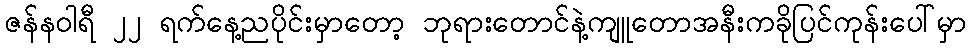
ဇန်နဝါရီ ၂၂ ရက်နေ့ညပိုင်းမှာတော့ ဘုရားတောင်နဲ့ကျူတောအနီးကခိုပြင်ကုန်းပေါ်မှာ